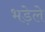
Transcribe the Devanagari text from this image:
भड़ेले